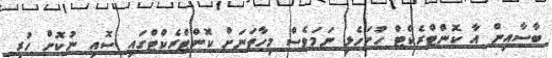
ބާސާއިން އާ ކޮންޓްރެކްޓް ހުށަހެޅި ނަމަވެސް މިހާތަނަށް ކޮންޓްރެކްޓްގައި ސޮއި ނުކޮށް ހުރި